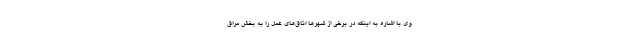
وی با اشاره به اینکه در برخی از شهرها اتاق‌های عمل را به بخش مراق